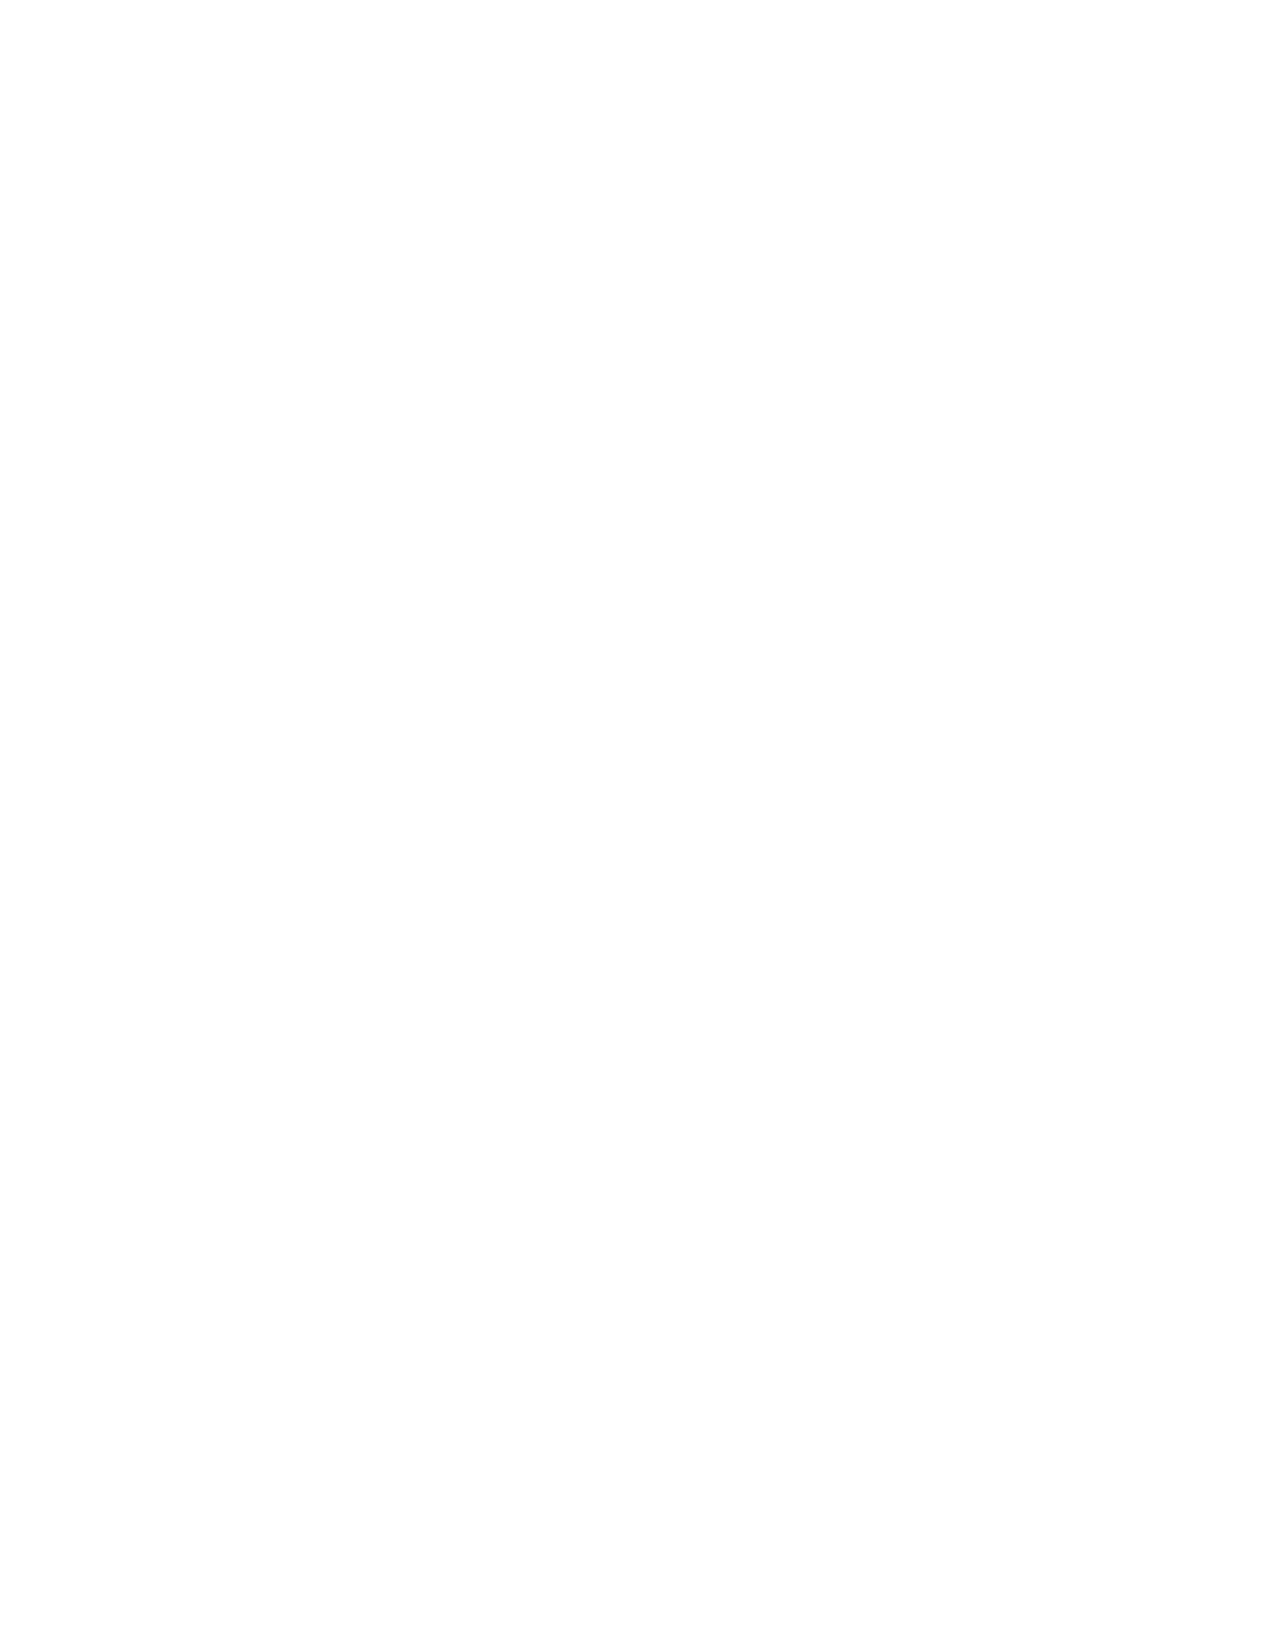
Internet Access and its Implications for Productivity, Inequality, and Resilience 31
 Our second approach relies on regression models that relate the productivity of
 WFH to internet access quality in the cross section. The dependent variable is WFH
 efficiency during the pandemic relative to that of working on employer premises
 before the pandemic. Appendix Table A.3 reports our estimated regression models.
 Our preferred model controls for earnings, education, gender, presence of children,
 state of residence, and industry of the worker’s current or last job. Using this model,
 and interpreting the coefficient on internet access quality as a causal effect, we
 calculate the individual-level productivity change associated with universal access.
 Table 3 draws together the pieces of our analysis to report two sets of results:
 Estimates for the aggregate labor productivity shortfall caused by subpar internet
 access during the pandemic in column (1), and estimates for the aggregate labor
 productivity gains caused by universal access in the post-pandemic economy. The
 regression approach implies a productivity shortfall due to subpar internet service
 of 0.7% during the pandemic and a productivity gain from universal access of 0.3%
 in the post-pandemic economy. The approach based on self-assessed causal effects
 yields larger productivity consequences: a 3% shortfall during the pandemic and a
 1.1% gain from universal access in the post-pandemic economy.
 Table 3: Earnings-weighted productivity effects of internet access quality
 (1)          (2)        (3)
 Productivity
 Post-COVID Gains from
 Shortfall During
 Universal Access
 COVID
 And adjusted
 Productivity
 Approach to Estimating the                       for WFH rise
 losses due to Using employer
 Individual-Level Productivity                     induced by
 subpar internet plans for WFH
 Effects of Universal Access                       universal
 access
 access
 Regression-imputed (simple) -0.8        0.4          0.4
 Regression-imputed (controls) -0.7      0.3          0.4
 Self-assessed causal effect -3.0        1.1          1.1
 Notes: Column (1) reports the estimated aggregate productivity shortfall during the pandemic due to subpar
 internet access quality by many Americans who worked from home. See Figure 2 for the distribution of subpar
 internet service. Column (2) reports the estimated earnings-weighted productivity gains of universal access to
 high-quality, fully reliable home internet service in the post-pandemic economy when using employer plans for
 who works from home, and how much. Column (3) also adjusts for the post-pandemic rise in WFH that we estimate,
 and which we report in Table 4 below. See Figure 4 for the distribution of self-assessed causal effects from gaining
 access to high-quality, fully reliable internet service. See Table A3 for regression models that relate WFH productivity
 to internet access quality. We use column (1) in Table A3 for the row titled, “Regression-imputed (simple)”; and we
 use column (7) in Table A3 for the row, titled “Regression-imputed (controls)”. Data are from 43,250 survey responses
 collected from May 2020 to May 2021 by Inc-Query and QuestionPro. We re-weight individual-level data to match
 the share of working age respondents in the 2010–2019 CPS in each {age x sex x education x earnings} cell.